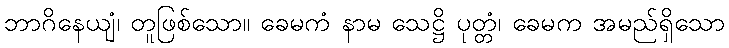
ဘာဂိနေယျံ၊ တူဖြစ်သော။ ခေမကံ နာမ သေဋ္ဌိ ပုတ္တံ၊ ခေမက အမည်ရှိသော